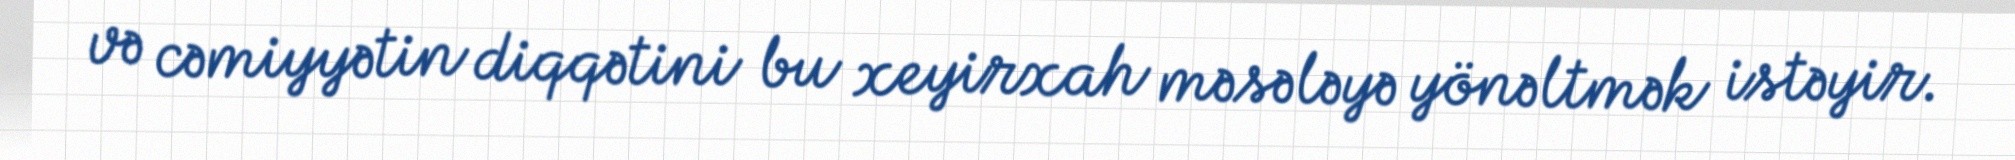
və cəmiyyətin diqqətini bu xeyirxah məsələyə yönəltmək istəyir.